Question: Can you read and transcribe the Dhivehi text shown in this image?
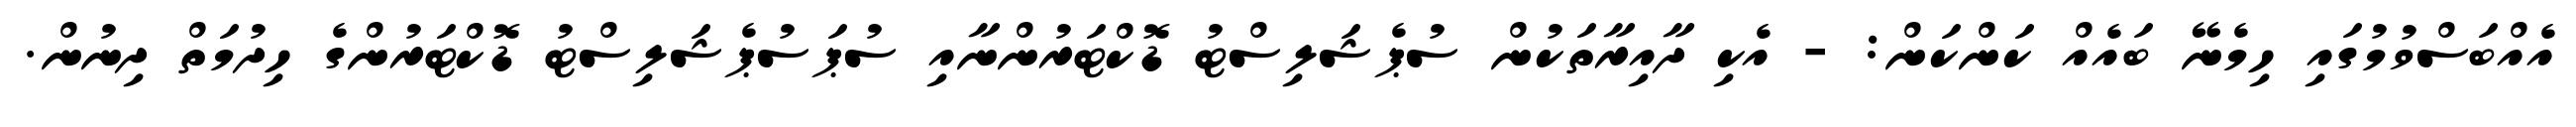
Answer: އެއްބަސްވުމުގައި ހިމެނޭ ބައެއް ކަންކަން: - އެކި ދާއިރާތަކުން ސުޕެޝަލިސްޓު ޑޮކްޓަރުންނާއި ސުޕަސުޕެޝަލިސްޓު ޑޮކްޓަރުންގެ ހިދުމަތް ދިނުން.